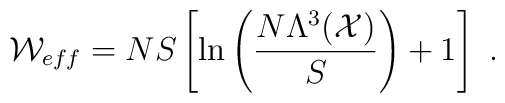
{\cal W}_{\small{eff}}=NS\left[\ln \left(N\Lambda^3 ({\cal X})\over S\right)+1\right]~.